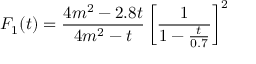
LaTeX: F _ { 1 } ( t ) = \frac { 4 m ^ { 2 } - 2 . 8 t } { 4 m ^ { 2 } - t } \left[ \frac { 1 } { 1 - \frac { t } { 0 . 7 } } \right] ^ { 2 }